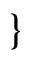
\}